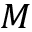
M